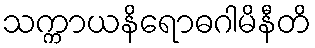
သက္ကာယနိရောဓဂါမိနီတိ